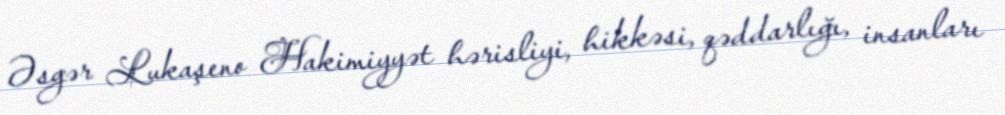
Əsgər Lukaşeno Hakimiyyət hərisliyi, hikkəsi, qəddarlığı, insanları